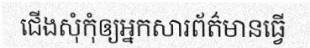
ជើងសុំកុំឲ្យអ្នកសារព័ត៌មានធ្វើ